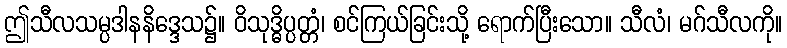
ဤသီလသမ္ပဒါနနိဒ္ဒေသ၌။ ဝိသုဒ္ဓိပ္ပတ္တံ၊ စင်ကြယ်ခြင်းသို့ ရောက်ပြီးသော။ သီလံ၊ မဂ်သီလကို။